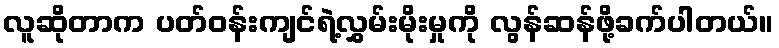
လူဆိုတာက ပတ်ဝန်းကျင်ရဲ့လွှမ်းမိုးမှုကို လွန်ဆန်ဖို့ခက်ပါတယ်။